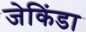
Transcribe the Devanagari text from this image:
जेकिंडा